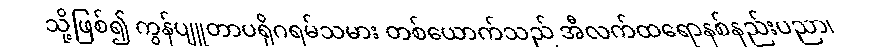
သို့ဖြစ်၍ ကွန်ပျူတာပရိုဂရမ်သမား တစ်ယောက်သည် အီလက်ထရောနစ်နည်းပညာ၊